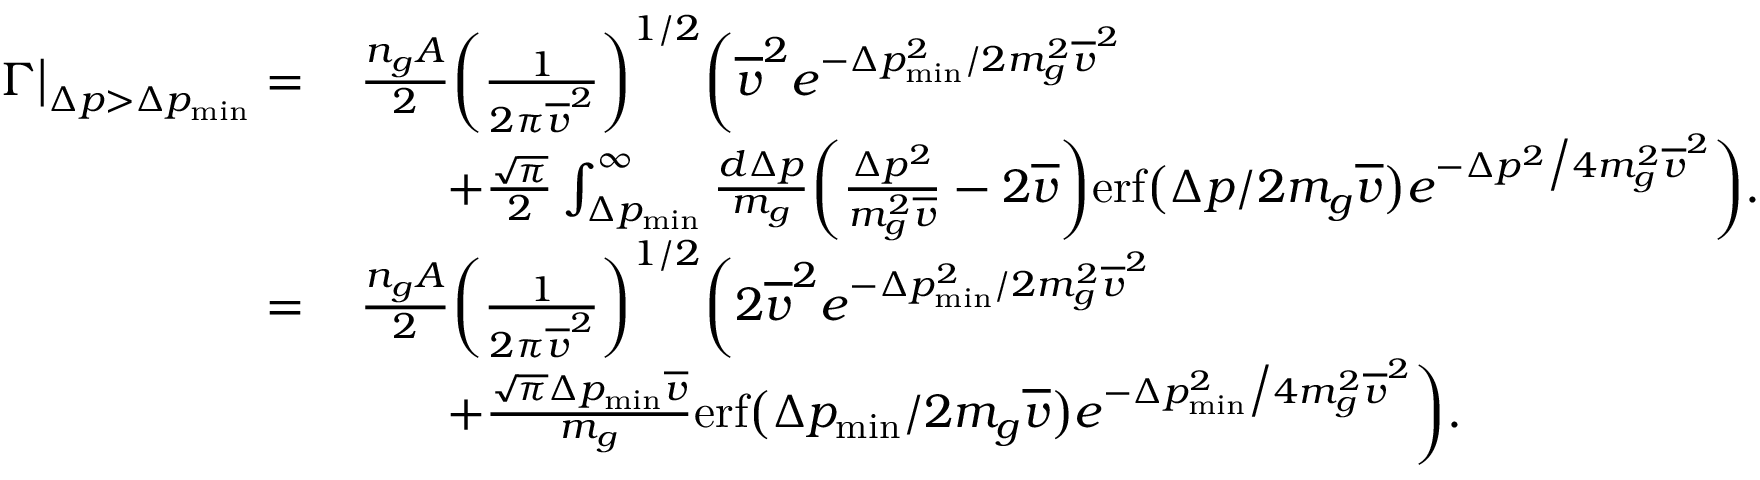
\begin{array} { r l } { \Gamma \big | _ { \Delta p > \Delta p _ { \mathrm { m i n } } } = } & { \, \frac { n _ { g } A } { 2 } \bigg ( \frac { 1 } { 2 \pi \overline { { v } } ^ { 2 } } \bigg ) ^ { 1 / 2 } \bigg ( \overline { { v } } ^ { 2 } e ^ { - \Delta p _ { \mathrm { m i n } } ^ { 2 } / 2 m _ { g } ^ { 2 } \overline { { v } } ^ { 2 } } } \\ & { \qquad + \frac { \sqrt { \pi } } { 2 } \int _ { \Delta p _ { \mathrm { m i n } } } ^ { \infty } \frac { d \Delta p } { m _ { g } } \bigg ( \frac { \Delta p ^ { 2 } } { m _ { g } ^ { 2 } \overline { { v } } } - 2 \overline { { v } } \bigg ) \mathrm { e r f } \big ( \Delta p / 2 m _ { g } \overline { { v } } \big ) e ^ { - \Delta p ^ { 2 } \big / 4 m _ { g } ^ { 2 } \overline { { v } } ^ { 2 } } \bigg ) . } \\ { = } & { \, \frac { n _ { g } A } { 2 } \bigg ( \frac { 1 } { 2 \pi \overline { { v } } ^ { 2 } } \bigg ) ^ { 1 / 2 } \bigg ( 2 \overline { { v } } ^ { 2 } e ^ { - \Delta p _ { \mathrm { m i n } } ^ { 2 } / 2 m _ { g } ^ { 2 } \overline { { v } } ^ { 2 } } } \\ & { \qquad + \frac { \sqrt { \pi } \Delta p _ { \mathrm { m i n } } \overline { { v } } } { m _ { g } } \mathrm { e r f } \big ( \Delta p _ { \mathrm { m i n } } / 2 m _ { g } \overline { { v } } \big ) e ^ { - \Delta p _ { \mathrm { m i n } } ^ { 2 } \big / 4 m _ { g } ^ { 2 } \overline { { v } } ^ { 2 } } \bigg ) . } \end{array}